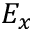
E _ { x }